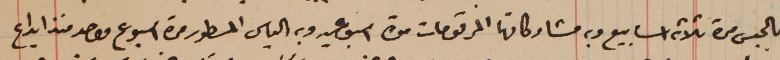
بالحبس مدة ثلاثة اسابيع وبه مشاركاتها المرقومات مدة اسبوعين وبه الياس المسطور مدة اسبوع واحد منذ ايداع